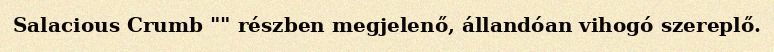
Salacious Crumb "" részben megjelenő, állandóan vihogó szereplő.